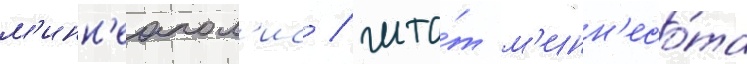
м'инн'еапол'ис / шта́т м'инн'есо́та